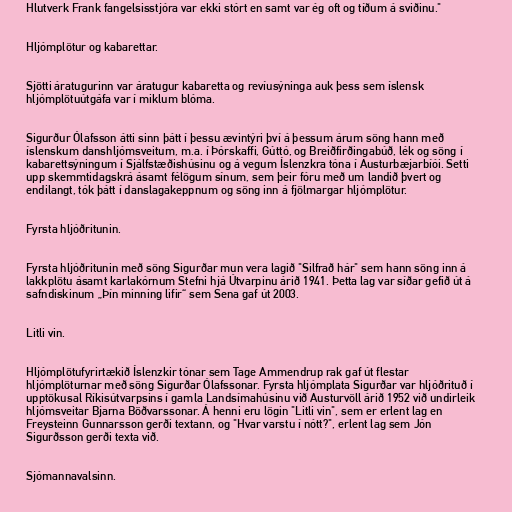
Hlutverk Frank fangelsisstjóra var ekki stórt en samt var ég oft og tíðum á sviðinu."

Hljómplötur og kabarettar.

Sjötti áratugurinn var áratugur kabaretta og revíusýninga auk þess sem íslensk
hljómplötuútgáfa var í miklum blóma.

Sigurður Ólafsson átti sinn þátt í þessu ævintýri því á þessum árum söng hann með
íslenskum danshljómsveitum, m.a. í Þórskaffi, Gúttó, og Breiðfirðingabúð, lék og söng í
kabarettsýningum í Sjálfstæðishúsinu og á vegum Íslenzkra tóna í Austurbæjarbíói. Setti
upp skemmtidagskrá ásamt félögum sínum, sem þeir fóru með um landið þvert og
endilangt, tók þátt í danslagakeppnum og söng inn á fjölmargar hljómplötur.

Fyrsta hljóðritunin.

Fyrsta hljóðritunin með söng Sigurðar mun vera lagið "Silfrað hár" sem hann söng inn á
lakkplötu ásamt karlakórnum Stefni hjá Útvarpinu árið 1941. Þetta lag var síðar gefið út á
safndiskinum „Þín minning lifir“ sem Sena gaf út 2003.

Litli vin.

Hljómplötufyrirtækið Íslenzkir tónar sem Tage Ammendrup rak gaf út flestar
hljómplöturnar með söng Sigurðar Ólafssonar. Fyrsta hljómplata Sigurðar var hljóðrituð í
upptökusal Ríkisútvarpsins í gamla Landsímahúsinu við Austurvöll árið 1952 við undirleik
hljómsveitar Bjarna Böðvarssonar. Á henni eru lögin "Litli vin", sem er erlent lag en
Freysteinn Gunnarsson gerði textann, og "Hvar varstu í nótt?", erlent lag sem Jón
Sigurðsson gerði texta við.

Sjómannavalsinn.